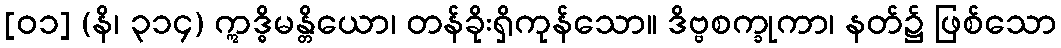
[၀၁] (နိ၊ ၃၁၄) ဣဒ္ဓိမန္တိယော၊ တန်ခိုးရှိကုန်သော။ ဒိဗ္ဗစက္ခုကာ၊ နတ်၌ ဖြစ်သော